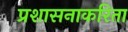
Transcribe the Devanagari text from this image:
प्रशासनाकरिता